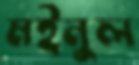
মইনুল